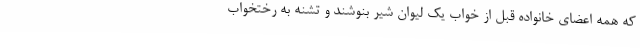
که همه اعضای خانواده قبل از خواب یک لیوان شیر بنوشند و تشنه به رختخواب